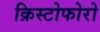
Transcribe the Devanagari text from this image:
क्रिस्टोफोरो